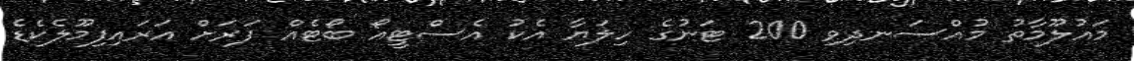
މައުލޫމާތު މުއްސަނދިވި 200 ޓަނުގެ ހިލަޔާ އެކު އެސްޓީއޯ ބޯޓެއް ފަރަށް އަރައިފިމޫލެކެޑެ